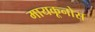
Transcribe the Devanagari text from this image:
मायकूनोस